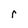
Character: r